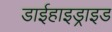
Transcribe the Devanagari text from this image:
डाईहाइड्राइड